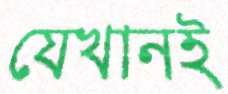
যেখানই